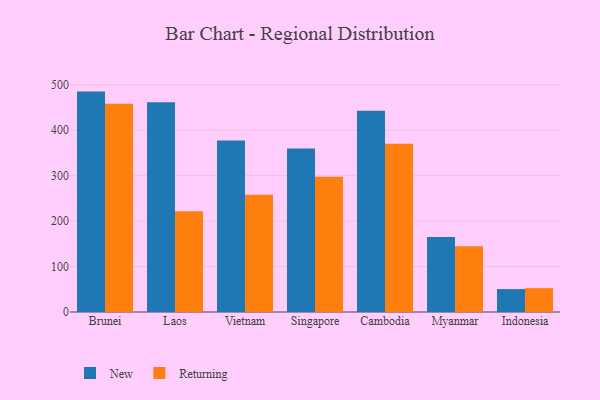
{"axis": {"x": "Country", "y": "Shipments"}, "legend": ["New", "Returning"], "data": [{"x": "Brunei", "y": 485.0, "type": "New"}, {"x": "Brunei", "y": 458.5, "type": "Returning"}, {"x": "Laos", "y": 461.6, "type": "New"}, {"x": "Laos", "y": 221.9, "type": "Returning"}, {"x": "Vietnam", "y": 377.6, "type": "New"}, {"x": "Vietnam", "y": 258.2, "type": "Returning"}, {"x": "Singapore", "y": 359.8, "type": "New"}, {"x": "Singapore", "y": 297.7, "type": "Returning"}, {"x": "Cambodia", "y": 443.1, "type": "New"}, {"x": "Cambodia", "y": 370.1, "type": "Returning"}, {"x": "Myanmar", "y": 165.0, "type": "New"}, {"x": "Myanmar", "y": 144.5, "type": "Returning"}, {"x": "Indonesia", "y": 50.4, "type": "New"}, {"x": "Indonesia", "y": 52.5, "type": "Returning"}]}